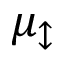
\mu _ { \updownarrow }